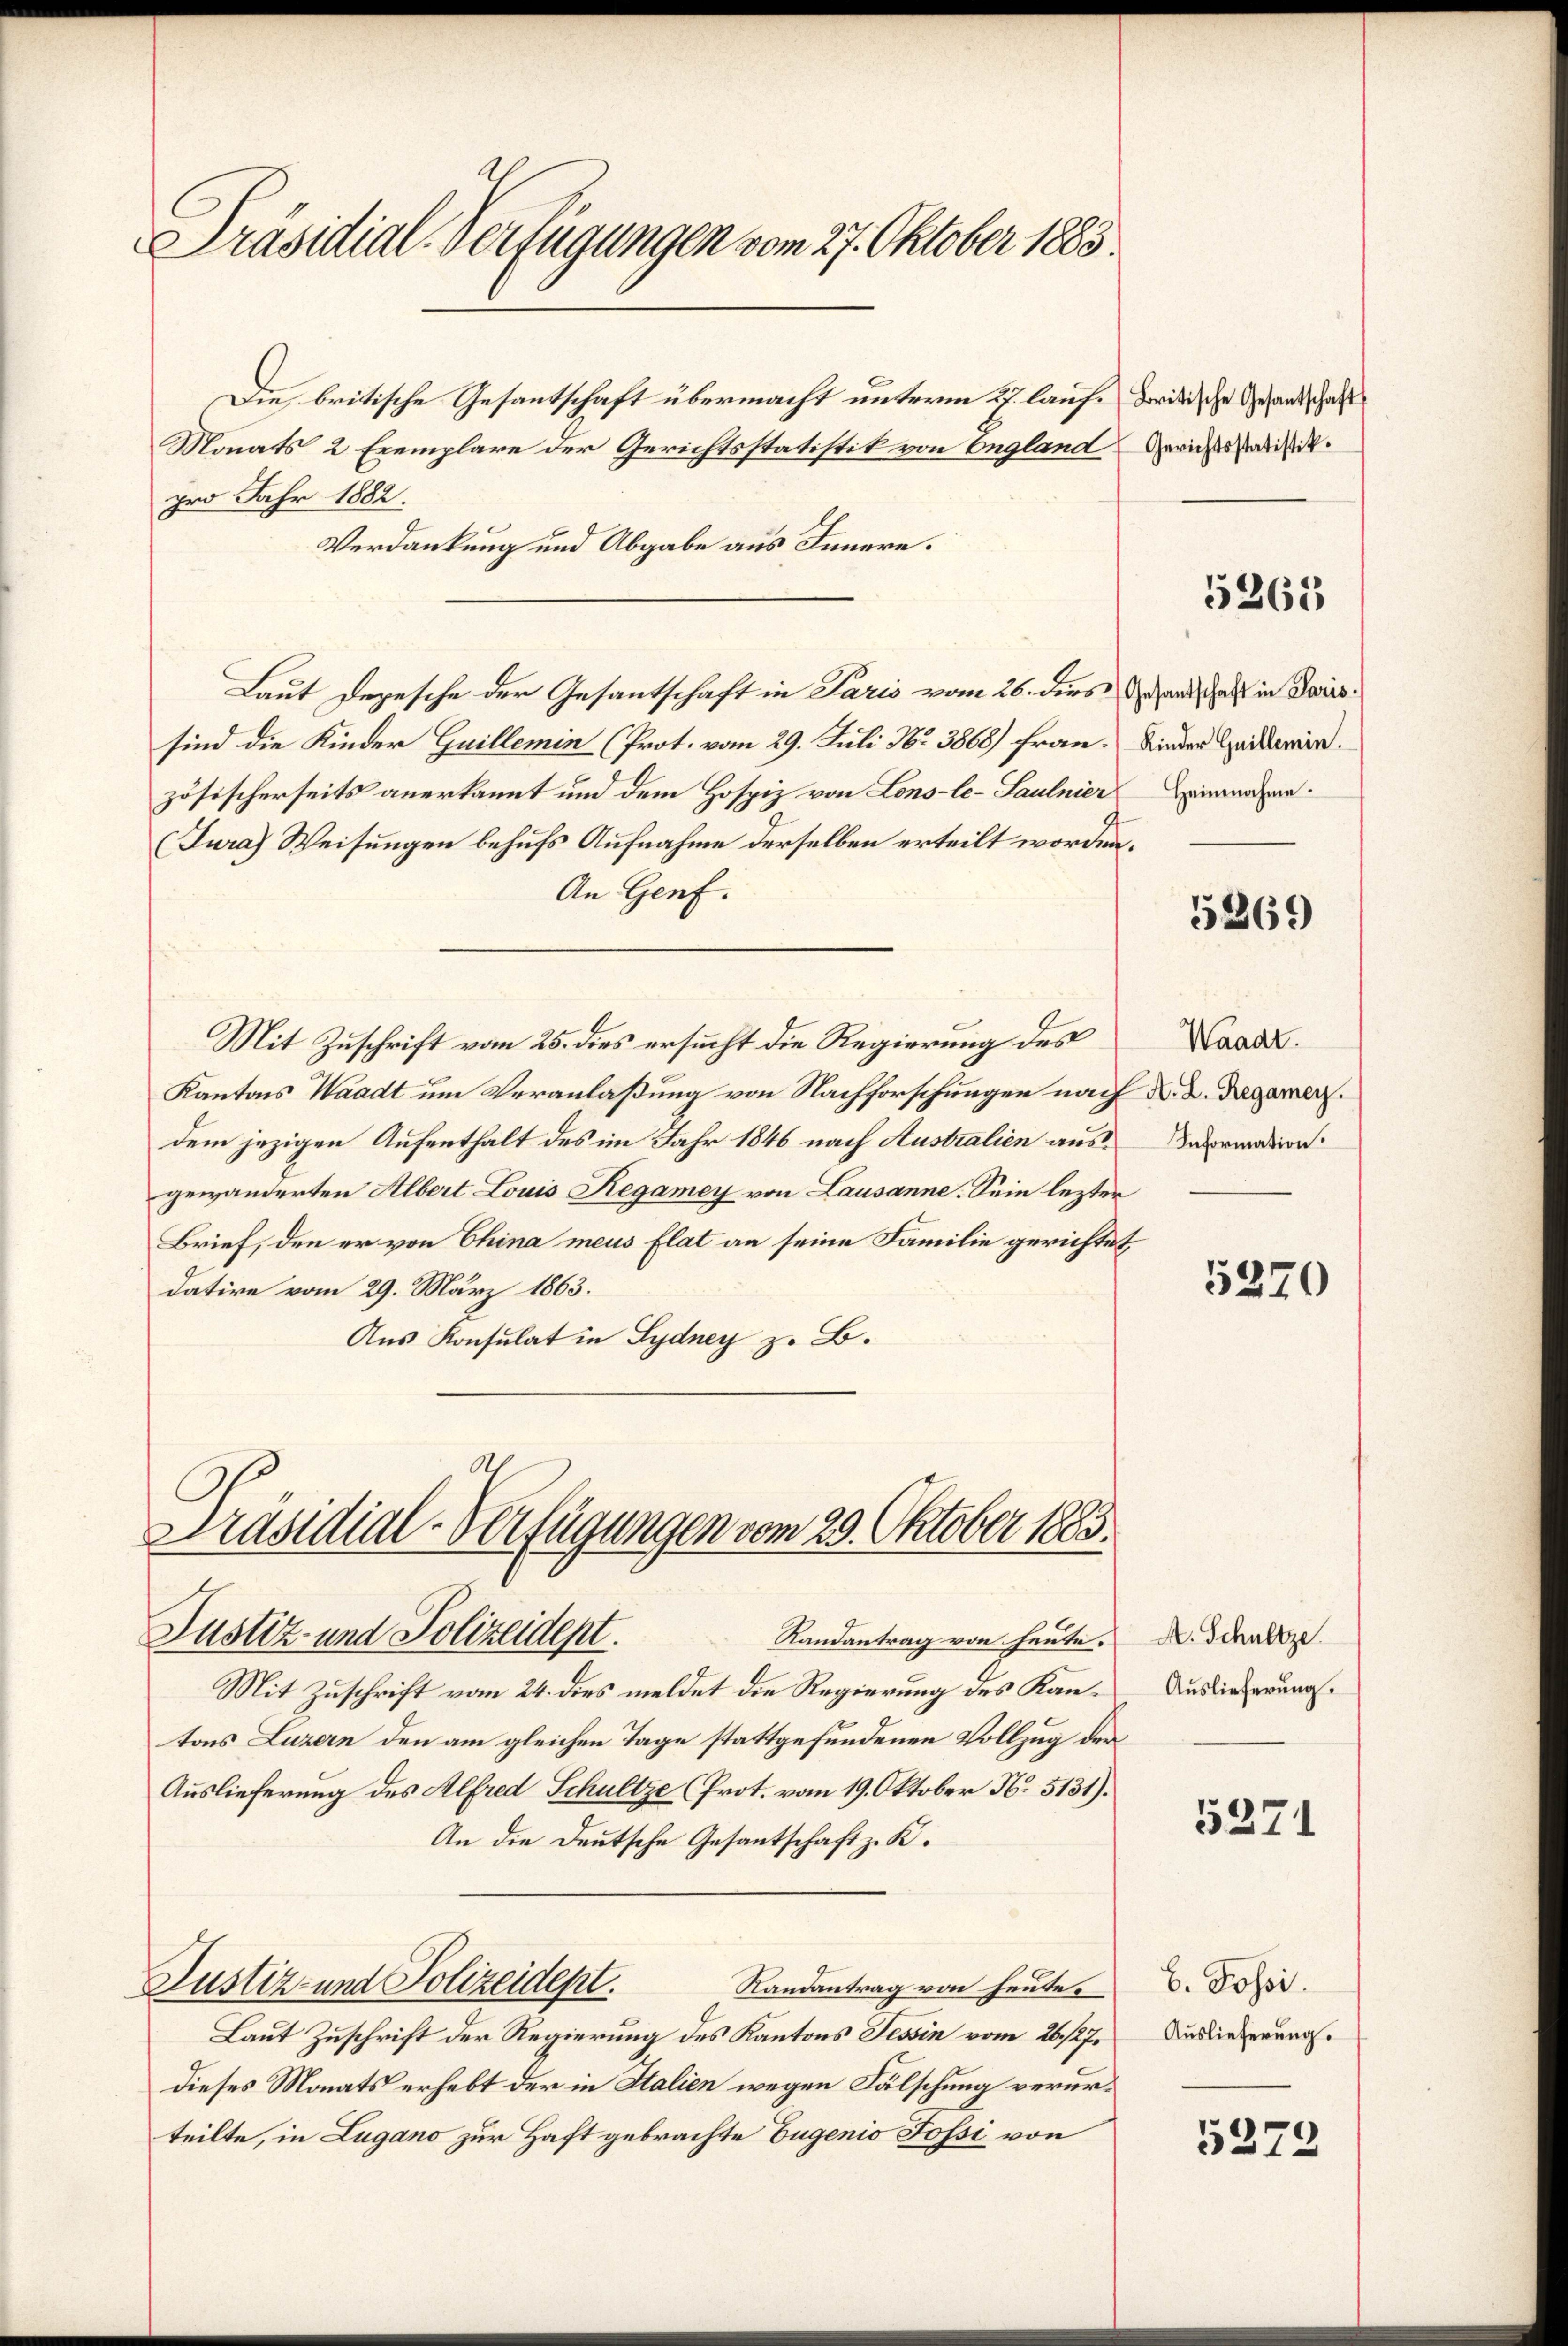
Präsidial-Verfügungen vom 27. Oktober 1885.

Die britische Gesantschaft übermacht unterm 27. laufe britische Gesandtschaft
Monats 2 Exemplare der Gerichtsstatistik von England
pro Jahr 1882.
Verdankung und Abgabe aus Innern.
Laut Depesche der Gesantschaft in Paris vom 26. dies daher in Paris
sind die Kinder Guillemin (Prot. vom 29. Juli Nr. 3868) Frau.
zösischerseits anerkannt und dem Hospiz von Lons-le-Saulnier Einnahmen.
Jura) Weisungen behufs Aufnahme derselben erteilt worden.
An Genf.
Mit Zuschrift vom 25. dies ersucht die Regierung des
Kantons Waadt um Veranlaßung von Nachforschungen nach K. A. Decamer.
dem jezigen Aufenthalt des im Jahr 1846 nach Australien ausgewänderten Albert Louis Regamey von Lausanne. Sein lezter
Brief, den er von China meus flat an seine Familie gerichtet,
datire vom 29. März 1863.
Aus Konsulat in Sydney z. B.

Präsidial-Verfügungen vom 29. Oktober 1883.
Justiz- und Polizeidept.
Randantrag von heute.

Mit Zuschrift vom 24. dies meldet die Regierung des Kantons Luzern den am gleichen Tage stattgefundenen Vollzug der
Auslieferung des Alfred Schultze (Prot. vom 19. Oktober N. 5131).
An die Deutsche Gesantschaft z. K.
Justiz- und Polizeidept.
Randantrag von heute.
Laut Zuschrift der Regierung des Kantons Tessin vom 26. 127.
dieses Monats erhebt der in Italien wegen Fälschung verurteilte, in Lugano zur Haft gebrachte Eugenio Fossi von

Gerichtsstatistik.

5261

Kinder Guillemin.

5269

Waadt.
Information.

5270

A. Schultze.
Auslieferung.

5271

b. Fossi.
Auslieferung.

5279